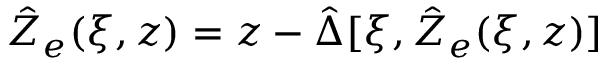
\hat { Z } _ { e } ( \xi , z ) = z - \hat { \Delta } [ \xi , \hat { Z } _ { e } ( \xi , z ) ]